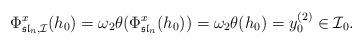
LaTeX: \begin{align*}\Phi^{x}_{\mathfrak{sl}_n,\mathcal{I}}(h_0)=\omega_2\theta(\Phi^{x}_{\mathfrak{sl}_n}(h_0))=\omega_2\theta(h_0)=y^{(2)}_0\in\mathcal{I}_0.\end{align*}